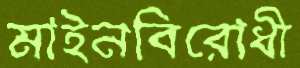
মাইনবিরোধী